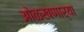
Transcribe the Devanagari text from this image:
ओळखणार्या